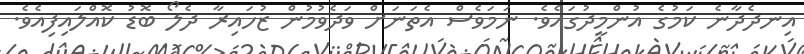
އިނދެދާނެ ކަމުގެ އުންމީދުގައެވެ. ނަމަވެސް އެތަނަށް ވަދެވުމުން ޒުހައިރާ ދެލޯ ބޮޑު ކޮއްލައިފިއެވެ.